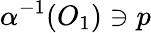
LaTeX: \alpha^{-1}(O_{1})\ni p